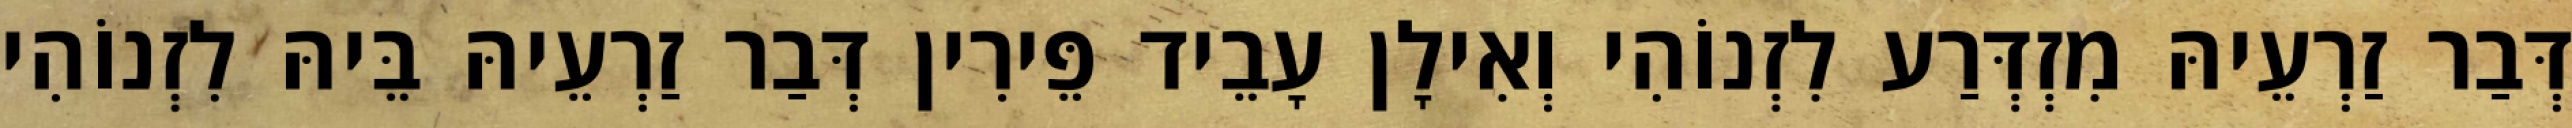
דְּבַר זַרְעֵיהּ מִזְדְּרַע לִזְנוֹהִי וְאִילָן עָבֵיד פֵּירִין דְּבַר זַרְעֵיהּ בֵּיהּ לִזְנוֹהִי